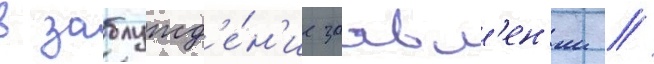
в заблужд'е́н'ие заавл'ен'ии //